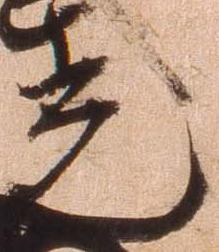
光